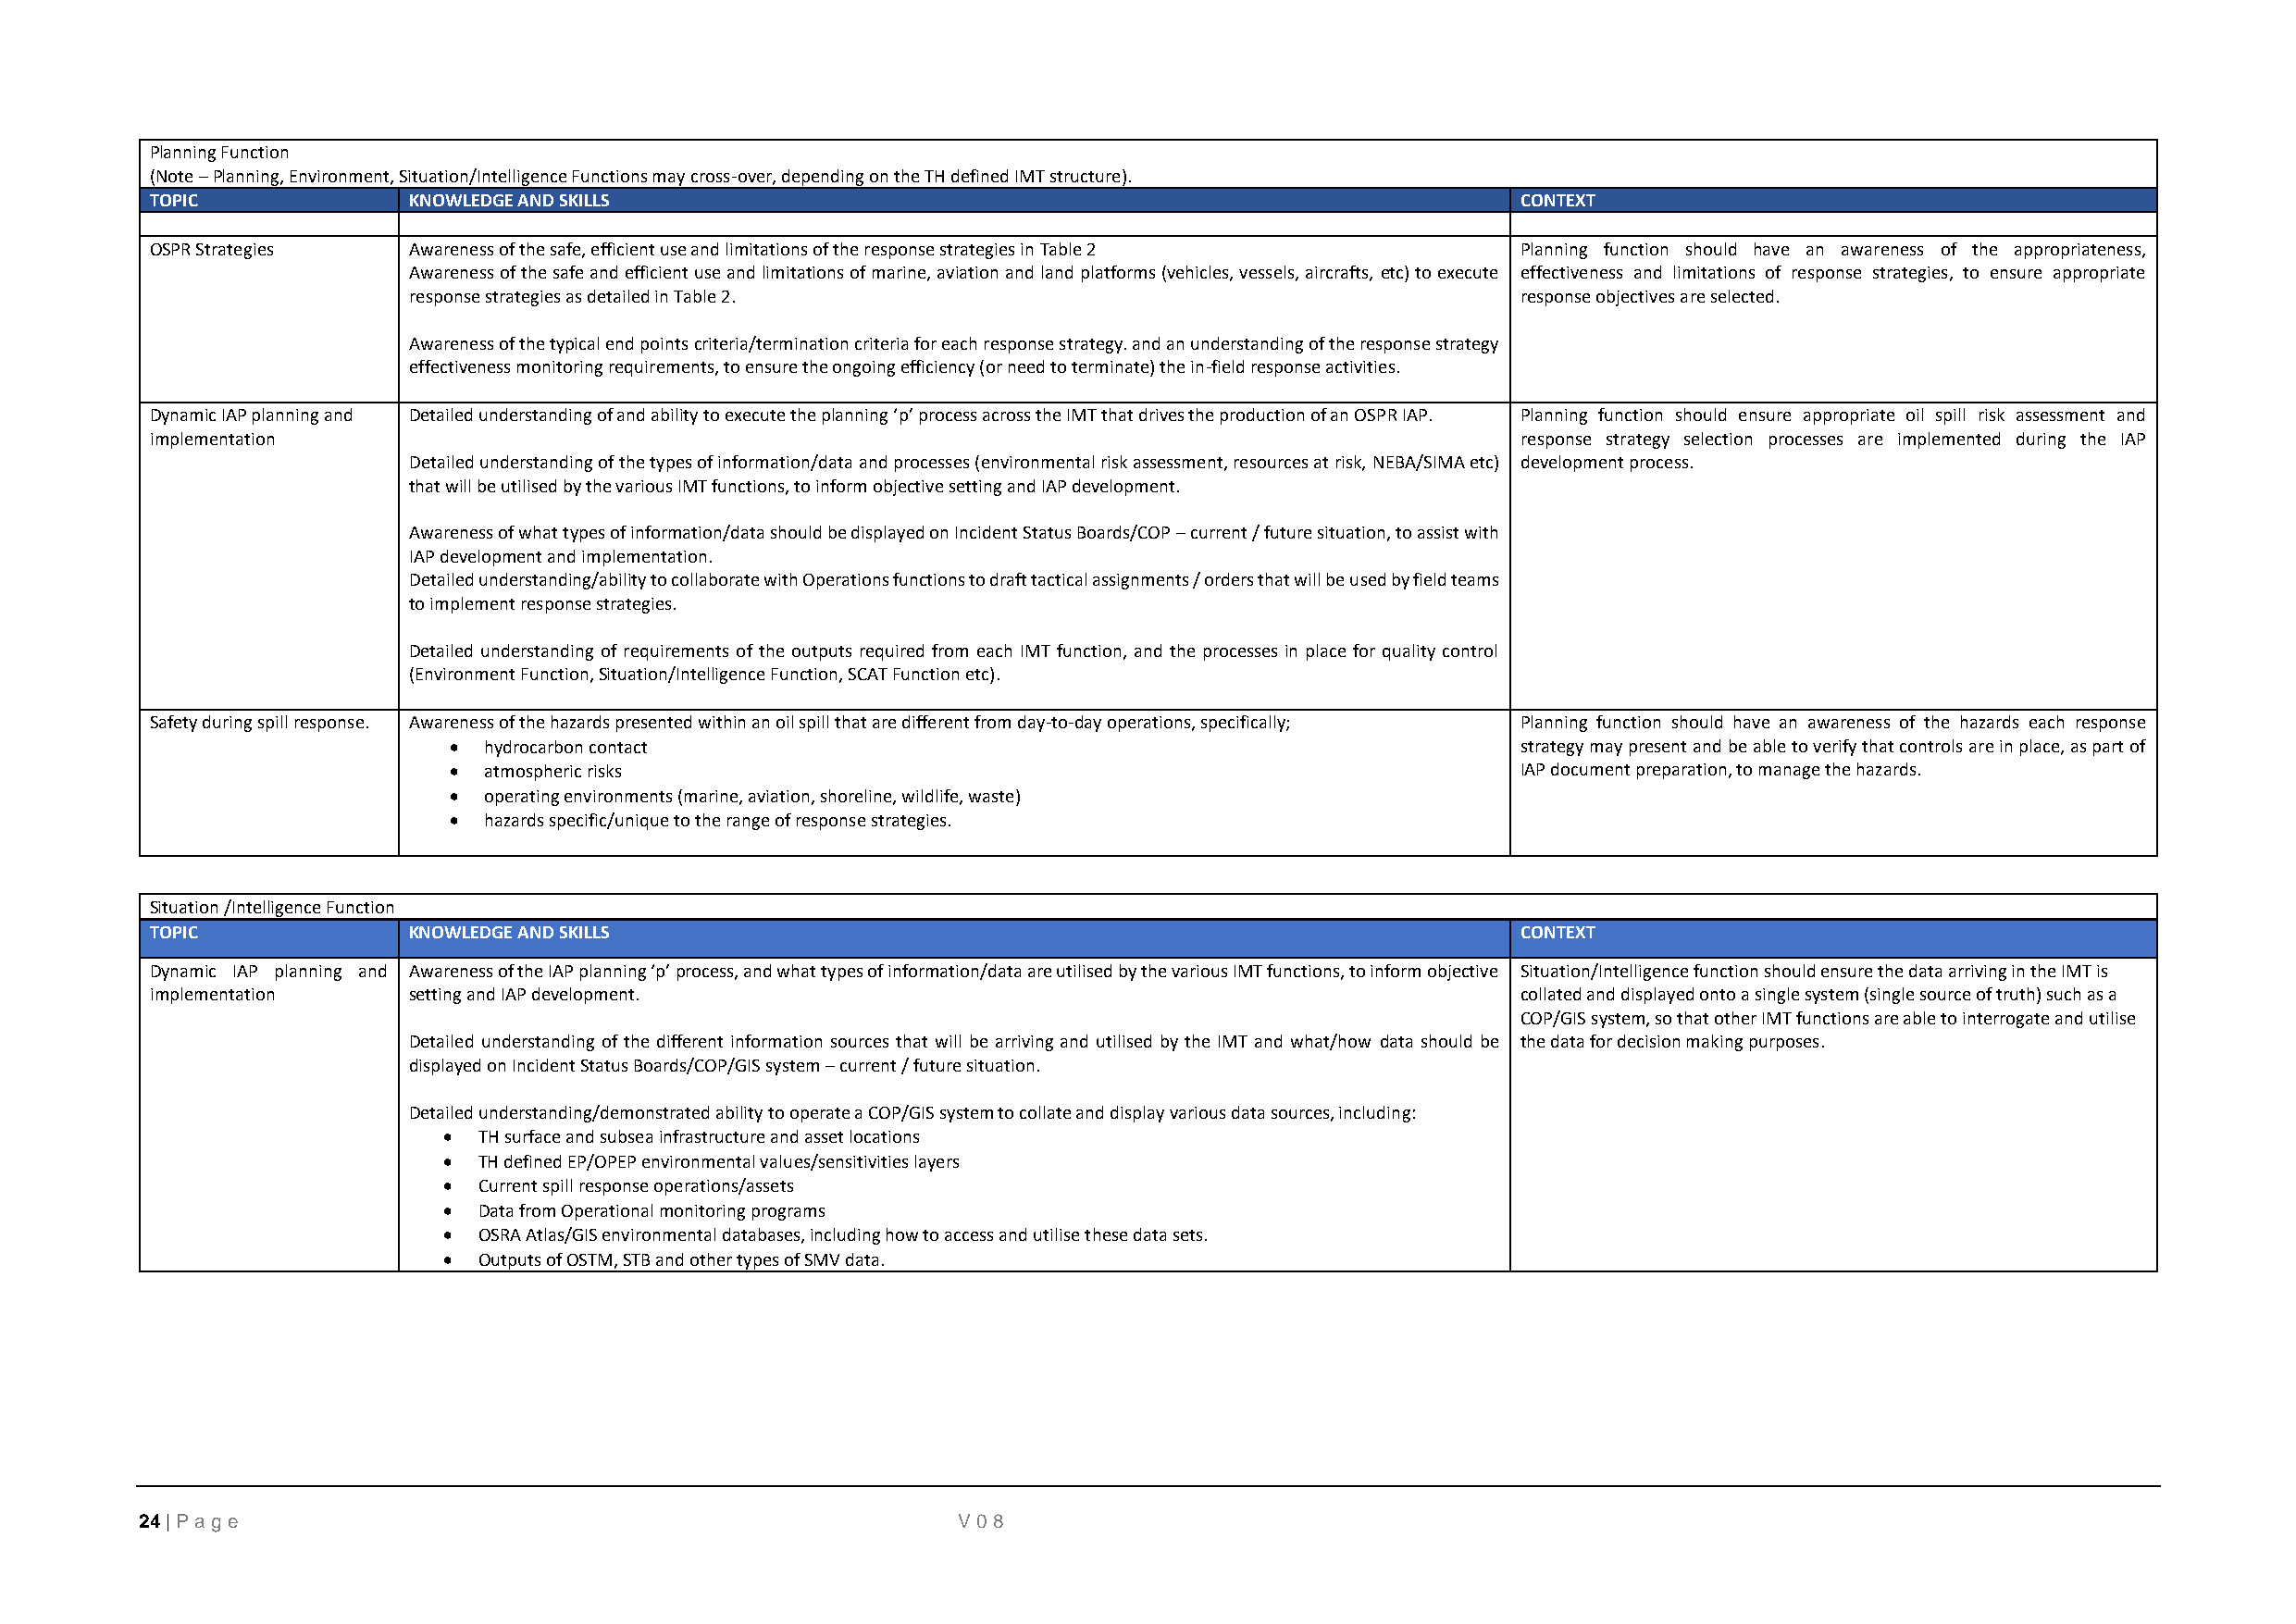
Planning Function
 (Note – Planning, Environment, Situation/Intelligence Functions may cross-over, depending on the TH defined IMT structure).
 TOPIC             KNOWLEDGE AND SKILLS                                                            CONTEXT
 OSPR Strategies   Awareness of the safe, efficient use and limitations of the response strategies in Table 2 Planning function should have an awareness of the appropriateness,
 Awareness of the safe and efficient use and limitations of marine, aviation and land platforms (vehicles, vessels, aircrafts, etc) to execute effectiveness and limitations of response strategies, to ensure appropriate
 response strategies as detailed in Table 2.                                     response objectives are selected.
 Awareness of the typical end points criteria/termination criteria for each response strategy. and an understanding of the response strategy
 effectiveness monitoring requirements, to ensure the ongoing efficiency (or need to terminate) the in-field response activities.
 Dynamic IAP planning and Detailed understanding of and ability to execute the planning ‘p’ process across the IMT that drives the production of an OSPR IAP. Planning function should ensure appropriate oil spill risk assessment and
 implementation                                                                                    response strategy selection processes are implemented during the IAP
 Detailed understanding of the types of information/data and processes (environmental risk assessment, resources at risk, NEBA/SIMA etc) development process.
 that will be utilised by the various IMT functions, to inform objective setting and IAP development.
 Awareness of what types of information/data should be displayed on Incident Status Boards/COP – current / future situation, to assist with
 IAP development and implementation.
 Detailed understanding/ability to collaborate with Operations functions to draft tactical assignments / orders that will be used by field teams
 to implement response strategies.
 Detailed understanding of requirements of the outputs required from each IMT function, and the processes in place for quality control
 (Environment Function, Situation/Intelligence Function, SCAT Function etc).
 Safety during spill response. Awareness of the hazards presented within an oil spill that are different from day-to-day operations, specifically; Planning function should have an awareness of the hazards each response
 •  hydrocarbon contact                                                       strategy may present and be able to verify that controls are in place, as part of
 •  atmospheric risks                                                         IAP document preparation, to manage the hazards.
 •  operating environments (marine, aviation, shoreline, wildlife, waste)
 •  hazards specific/unique to the range of response strategies.
 Situation /Intelligence Function
 TOPIC             KNOWLEDGE AND SKILLS                                                            CONTEXT
 Dynamic IAP planning and Awareness of the IAP planning ‘p’ process, and what types of information/data are utilised by the various IMT functions, to inform objective Situation/Intelligence function should ensure the data arriving in the IMT is
 implementation    setting and IAP development.                                                    collated and displayed onto a single system (single source of truth) such as a
 COP/GIS system, so that other IMT functions are able to interrogate and utilise
 Detailed understanding of the different information sources that will be arriving and utilised by the IMT and what/how data should be the data for decision making purposes.
 displayed on Incident Status Boards/COP/GIS system – current / future situation.
 Detailed understanding/demonstrated ability to operate a COP/GIS system to collate and display various data sources, including:
 • TH surface and subsea infrastructure and asset locations
 • TH defined EP/OPEP environmental values/sensitivities layers
 • Current spill response operations/assets
 • Data from Operational monitoring programs
 • OSRA Atlas/GIS environmental databases, including how to access and utilise these data sets.
 • Outputs of OSTM, STB and other types of SMV data.
 24 | P age                                                V08